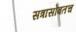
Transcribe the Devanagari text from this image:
सत्रासोबतच